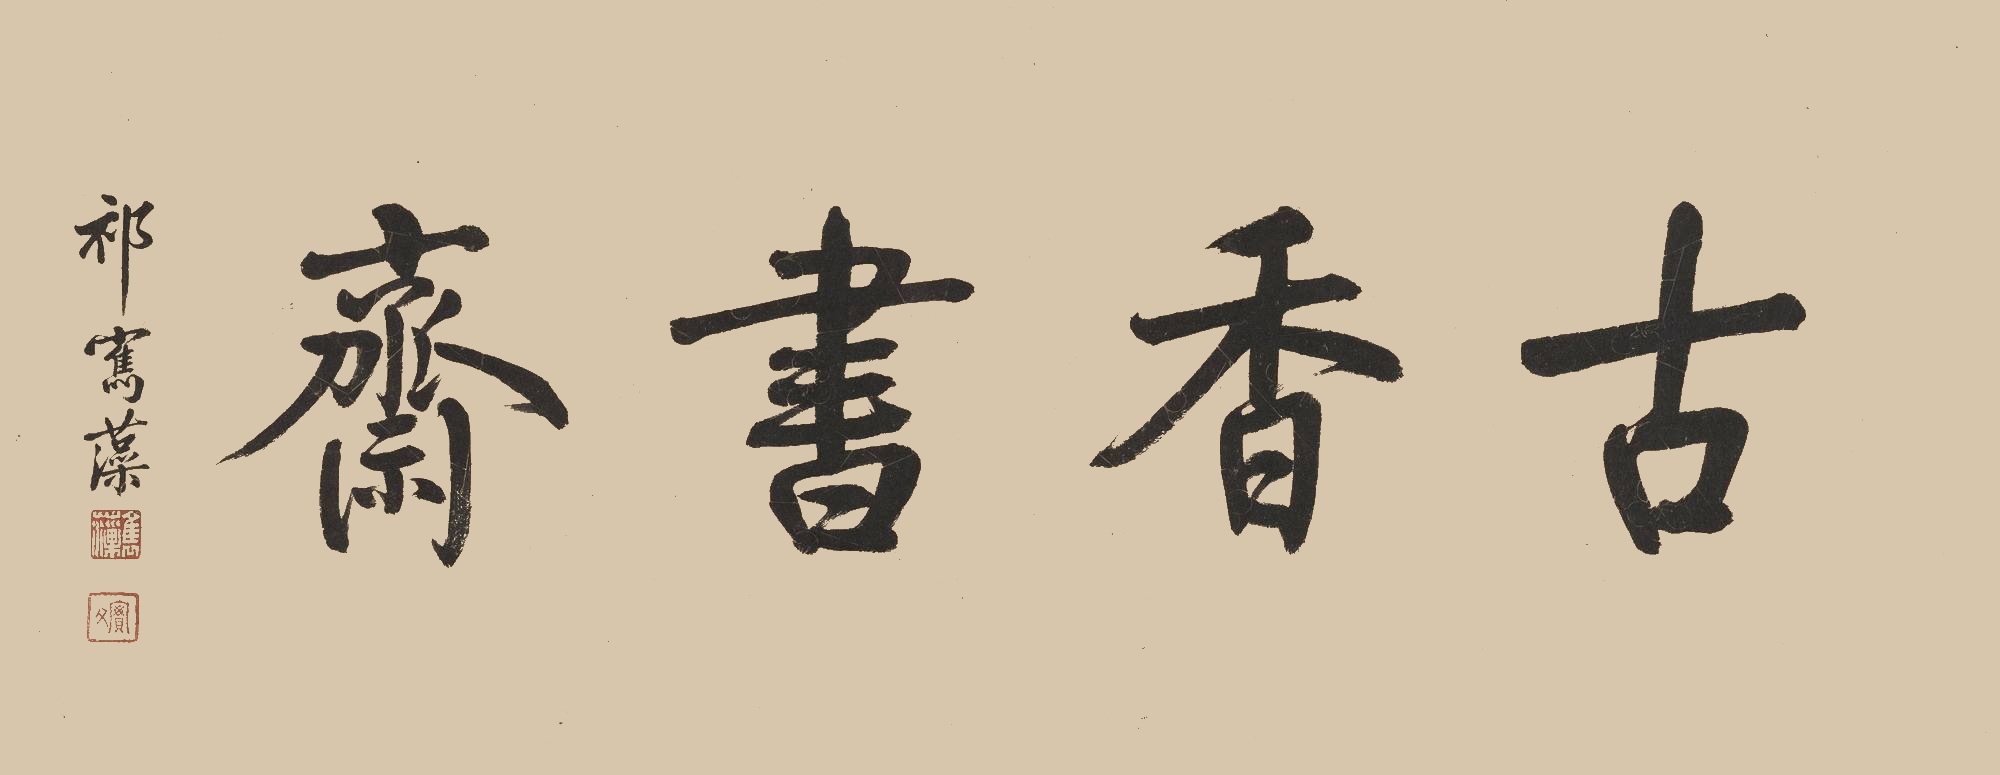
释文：古香书斋祁寯藻。